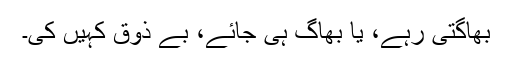
بھاگتی رہے، یا بھاگ ہی جائے، بے ذوق کہیں کی۔